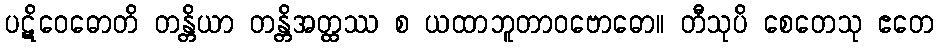
ပဋိဝေဓောတိ တန္တိယာ တန္တိအတ္ထဿ စ ယထာဘူတာဝဗောဓော။ တီသုပိ စေတေသု ဧတေ